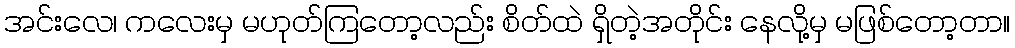
အင်းလေ၊ ကလေးမှ မဟုတ်ကြတော့လည်း စိတ်ထဲ ရှိတဲ့အတိုင်း နေလို့မှ မဖြစ်တော့တာ။